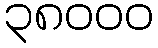
၃၈၀၀၀